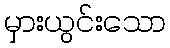
မှားယွင်းသော